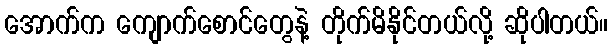
အောက်က ကျောက်စောင်တွေနဲ့ တိုက်မိနိုင်တယ်လို့ ဆိုပါတယ်။